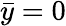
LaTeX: \bar{y}=0